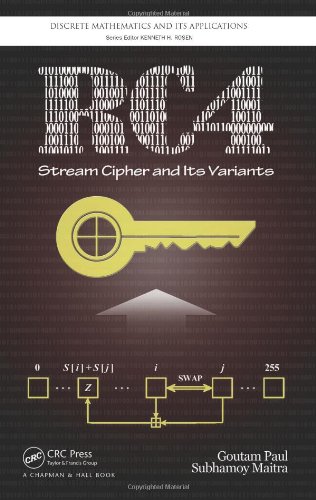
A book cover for RC4 Stream Cipher and Its Variants (Discrete Mathematics and Its Applications); Goutam Paul; Computers & Technology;